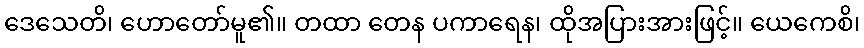
ဒေသေတိ၊ ဟောတော်မူ၏။ တထာ တေန ပကာရေန၊ ထိုအပြားအားဖြင့်။ ယေကေစိ၊